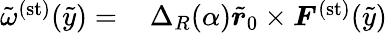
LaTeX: \begin{array}{rl}{\tilde{\omega}^{(\mathrm{st})}(\tilde{y})=}&{{}\, \Delta_{R}(\alpha)\tilde{\boldsymbol{r}}_{0}\times\boldsymbol{F}^{(\mathrm{st})}(\tilde{y})}\end{array}